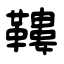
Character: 鞻